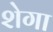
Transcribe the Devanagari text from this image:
शेगा